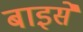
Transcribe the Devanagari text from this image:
बाइसें